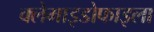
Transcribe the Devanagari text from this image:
क्लेमाइडोफाइला